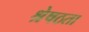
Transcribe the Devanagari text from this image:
श्रेषठता